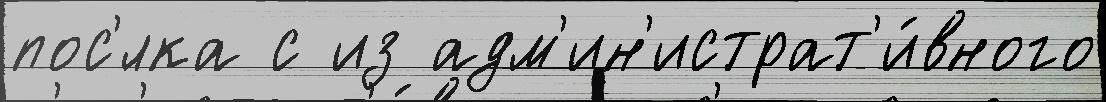
пос'́лка с из адм'ин'истрат'и́вного